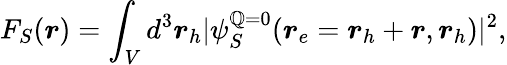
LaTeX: F_{S}(\boldsymbol{r})=\int_{V}d^{3}\boldsymbol{r}_{h}|\psi_{S}^{\boldsymbol{\mathbb{Q}}=0}(\boldsymbol{r}_{e}=\boldsymbol{r}_{h}+\boldsymbol{r},\boldsymbol{r}_{h})|^{2},